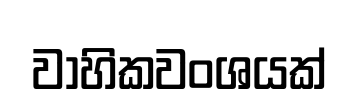
වාහිකවංශයක්